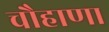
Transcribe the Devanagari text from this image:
चौहाणा